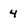
Character: 4